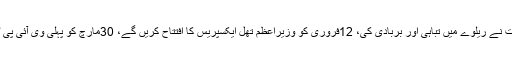
شیخ رشید نے کہا کہ سابق حکومت نے ریلوے میں تباہی اور بربادی کی، 12فروری کو وزیراعظم تھل ایکسپریس کا افتتاح کریں گے، 30مارچ کو پہلی وی آئی پی ٹرین لاہور سے کراچی جائے گی۔